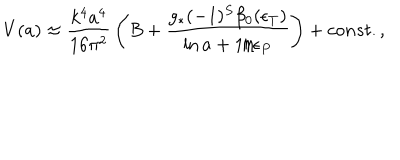
{ V } ( a ) \approx { \frac { k ^ { 4 } a ^ { 4 } } { 1 6 \pi ^ { 2 } } } \left( B + { \frac { g _ { * } ( - 1 ) ^ { S } \beta _ { 0 } ( \epsilon _ { T } ) } { \ln a + { 1 / \epsilon _ { P } } } } \right) + c o n s t . ,